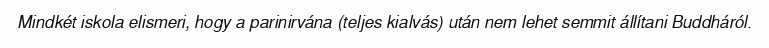
Mindkét iskola elismeri, hogy a parinirvána (teljes kialvás) után nem lehet semmit állítani Buddháról.